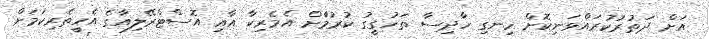
އަށް ދަތުރުކުރައްވަނިކޮށް ހިނގި ހާދިސާ ތަހުގީގު ކުރުމަާށް އެމެރިކާ އާއި އޮސްޓްރޭލިއާގެ އެހީތެރިކަމަށް